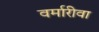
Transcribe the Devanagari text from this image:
वर्मारीवा